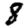
Digit: 8